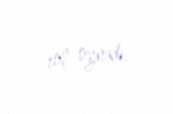
rol oynadı.